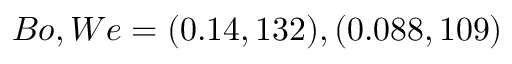
B o , W e = ( 0 . 1 4 , 1 3 2 ) , ( 0 . 0 8 8 , 1 0 9 )